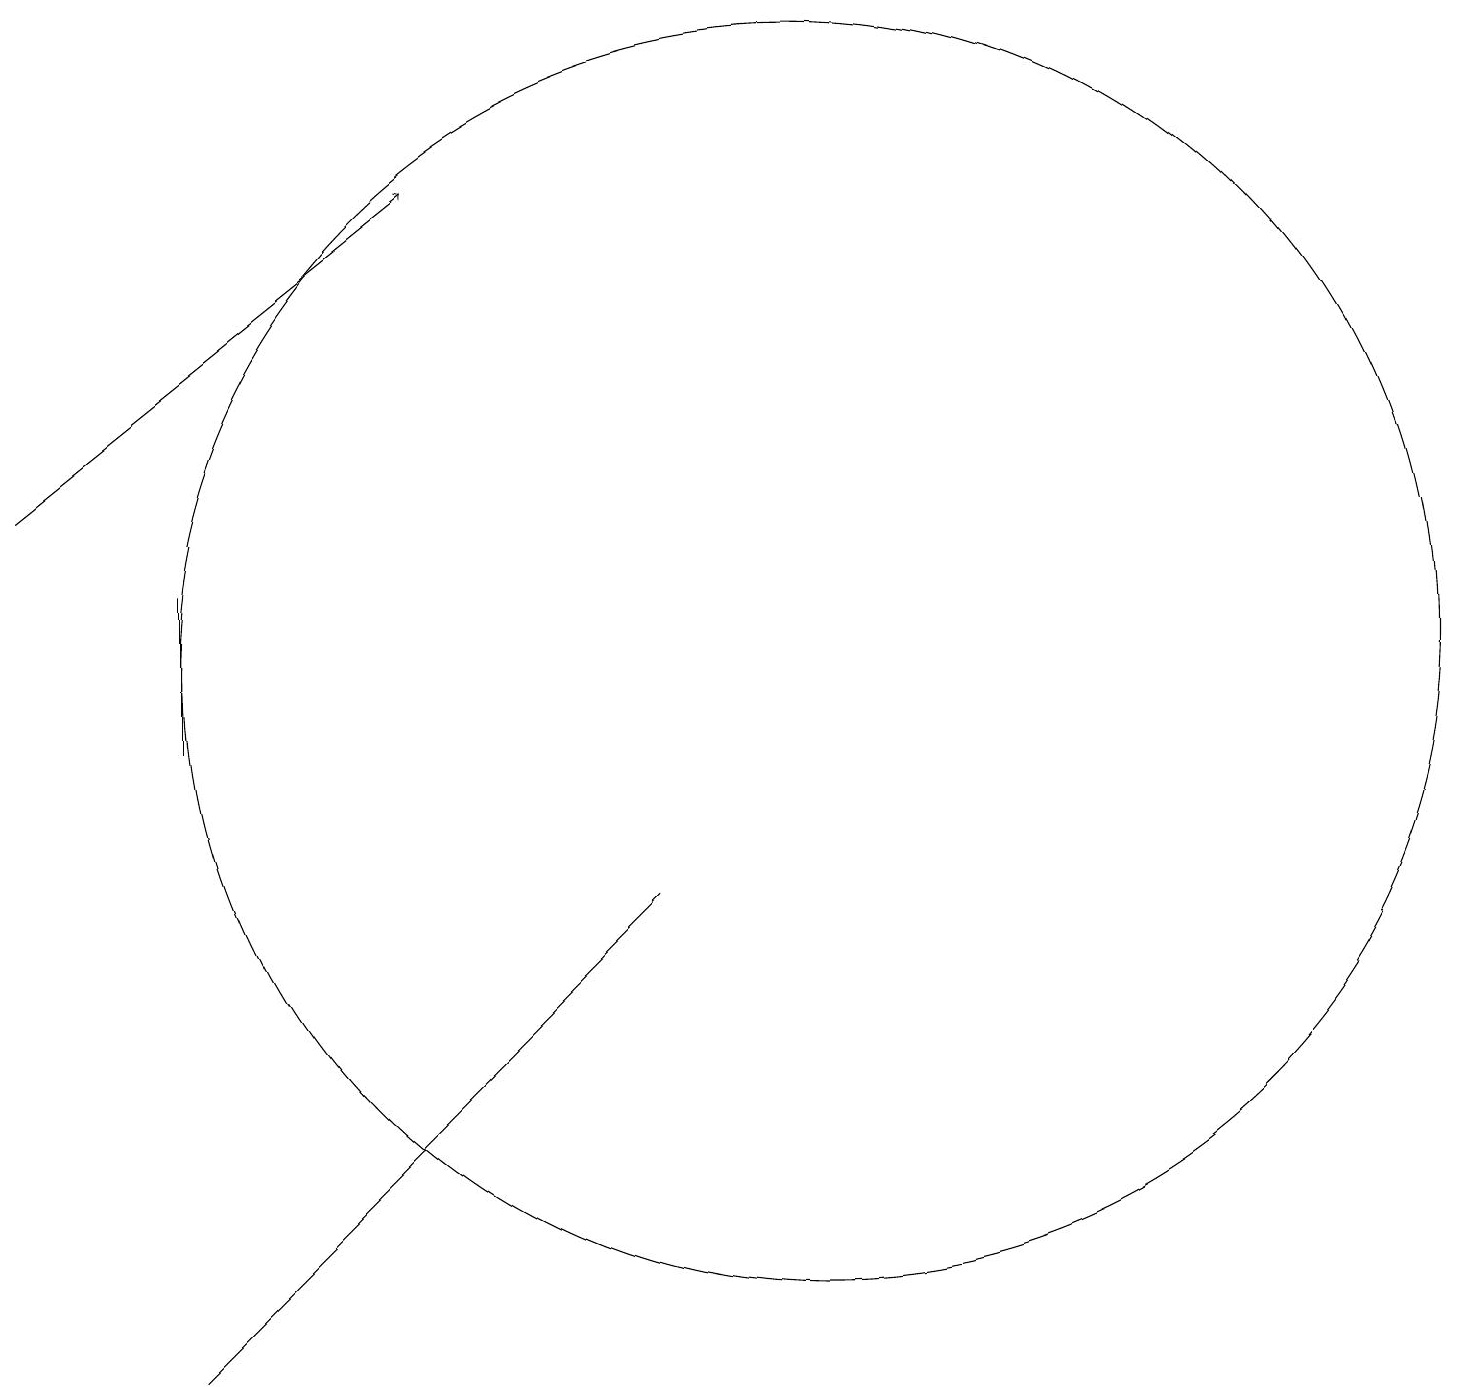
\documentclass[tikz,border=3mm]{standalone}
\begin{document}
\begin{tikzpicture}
\draw[->] (1,13) -- (6,17);
\draw (3,2) -- (9,8) -- (7,6) -- cycle;
\draw (3,12) rectangle (3,10);
\draw (11,11) circle (8);
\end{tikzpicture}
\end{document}